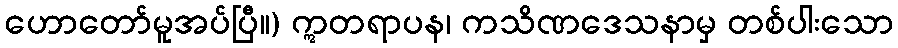
ဟောတော်မူအပ်ပြီ။) ဣတရာပန၊ ကသိဏဒေသနာမှ တစ်ပါးသော